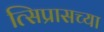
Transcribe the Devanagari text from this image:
त्सिप्रासच्या